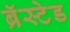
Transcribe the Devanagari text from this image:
ब्रॅस्टेड